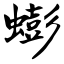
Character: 蟛